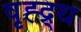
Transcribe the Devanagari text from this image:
वृह्द्र्थ